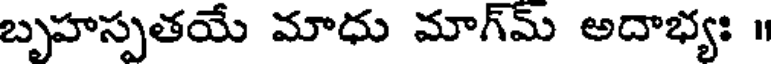
బృహస్పతయే మాధు మాగ్మ్ అదాభ్యః ॥